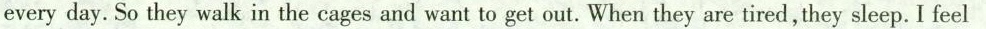
everyday. So they walk in the cages and want to get out. When they are tired,they sleep. I feel